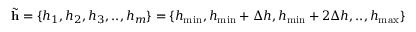
\tilde { \mathbf { h } } = \{ h _ { 1 } , h _ { 2 } , h _ { 3 } , . . , h _ { m } \} = \{ h _ { \operatorname* { m i n } } , h _ { \operatorname* { m i n } } + \Delta h , h _ { \operatorname* { m i n } } + 2 \Delta h , . . , h _ { \operatorname* { m a x } } \}